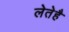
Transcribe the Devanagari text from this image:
लेतेहै